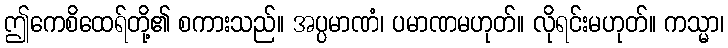
ဤကေစိထေရ်တို့၏ စကားသည်။ အပ္ပမာဏံ၊ ပမာဏမဟုတ်။ လိုရင်းမဟုတ်။ ကသ္မာ၊